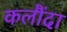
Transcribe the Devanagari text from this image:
कलौंदा